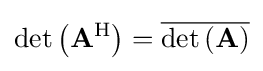
\det \left(\mathbf {A} ^{\mathrm {H} }\right)={\overline {\det \left(\mathbf {A} \right)}}